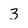
Character: 3